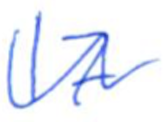
Text: 17
Cross-out: wave
Writing tool: ballpoint